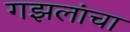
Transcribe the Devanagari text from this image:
गझलांचा